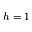
h = 1